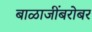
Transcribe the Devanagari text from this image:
बाळाजींबरोबर